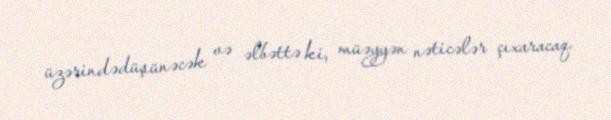
üzərindədüşünəcək və əlbəttə ki, müəyyən nəticələr çıxaracaq.